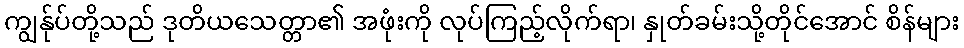
ကျွန်ုပ်တို့သည် ဒုတိယသေတ္တာ၏ အဖုံးကို လုပ်ကြည့်လိုက်ရာ၊ နှုတ်ခမ်းသို့တိုင်အောင် စိန်များ